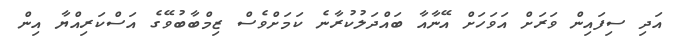
އަދި ސިފައިން ވަރަށް އަވަހަށް އޭނާއާ ބައްދަލުކުރާނެ ކަމަށްވެސް ޒިމްބާބުވޭގެ އަސްކަރިއްޔާ އިން